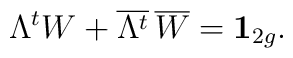
\Lambda^{t} W+{\overline{\Lambda^{t}}}\, {\overline{W}}={\bf{ 1}}_{2g}.